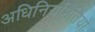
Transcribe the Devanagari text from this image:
अधिनियमितियों